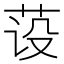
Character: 𰰺